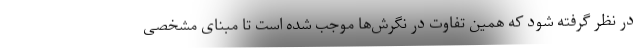
در نظر گرفته شود که همین تفاوت در نگرش‌ها موجب شده است تا مبنای مشخصی